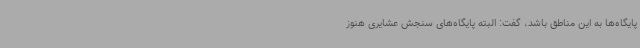
پایگاه‌ها به این مناطق باشد، گفت: البته پایگاه‌های سنجش عشایری هنوز